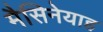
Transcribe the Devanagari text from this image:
मैसिनेयाह